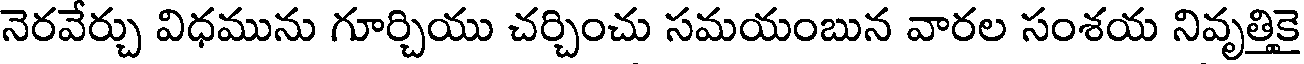
నెరవేర్చు విధమును గూర్చియు చర్చించు సమయంబున వారల సంశయ నివృత్తికై